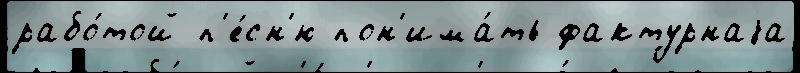
рабо́той п'е́сн'ю пон'има́ть фактурнаjа